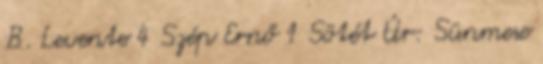
B. Levente 4 Szép Ernő 1 Sötét Úr: Sünmese